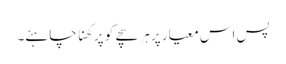
پس اس معیار پر ہر سچے کو پرکھنا چاہئے۔